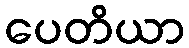
ပေတိယာ